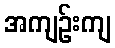
အကျဉ်းကျ